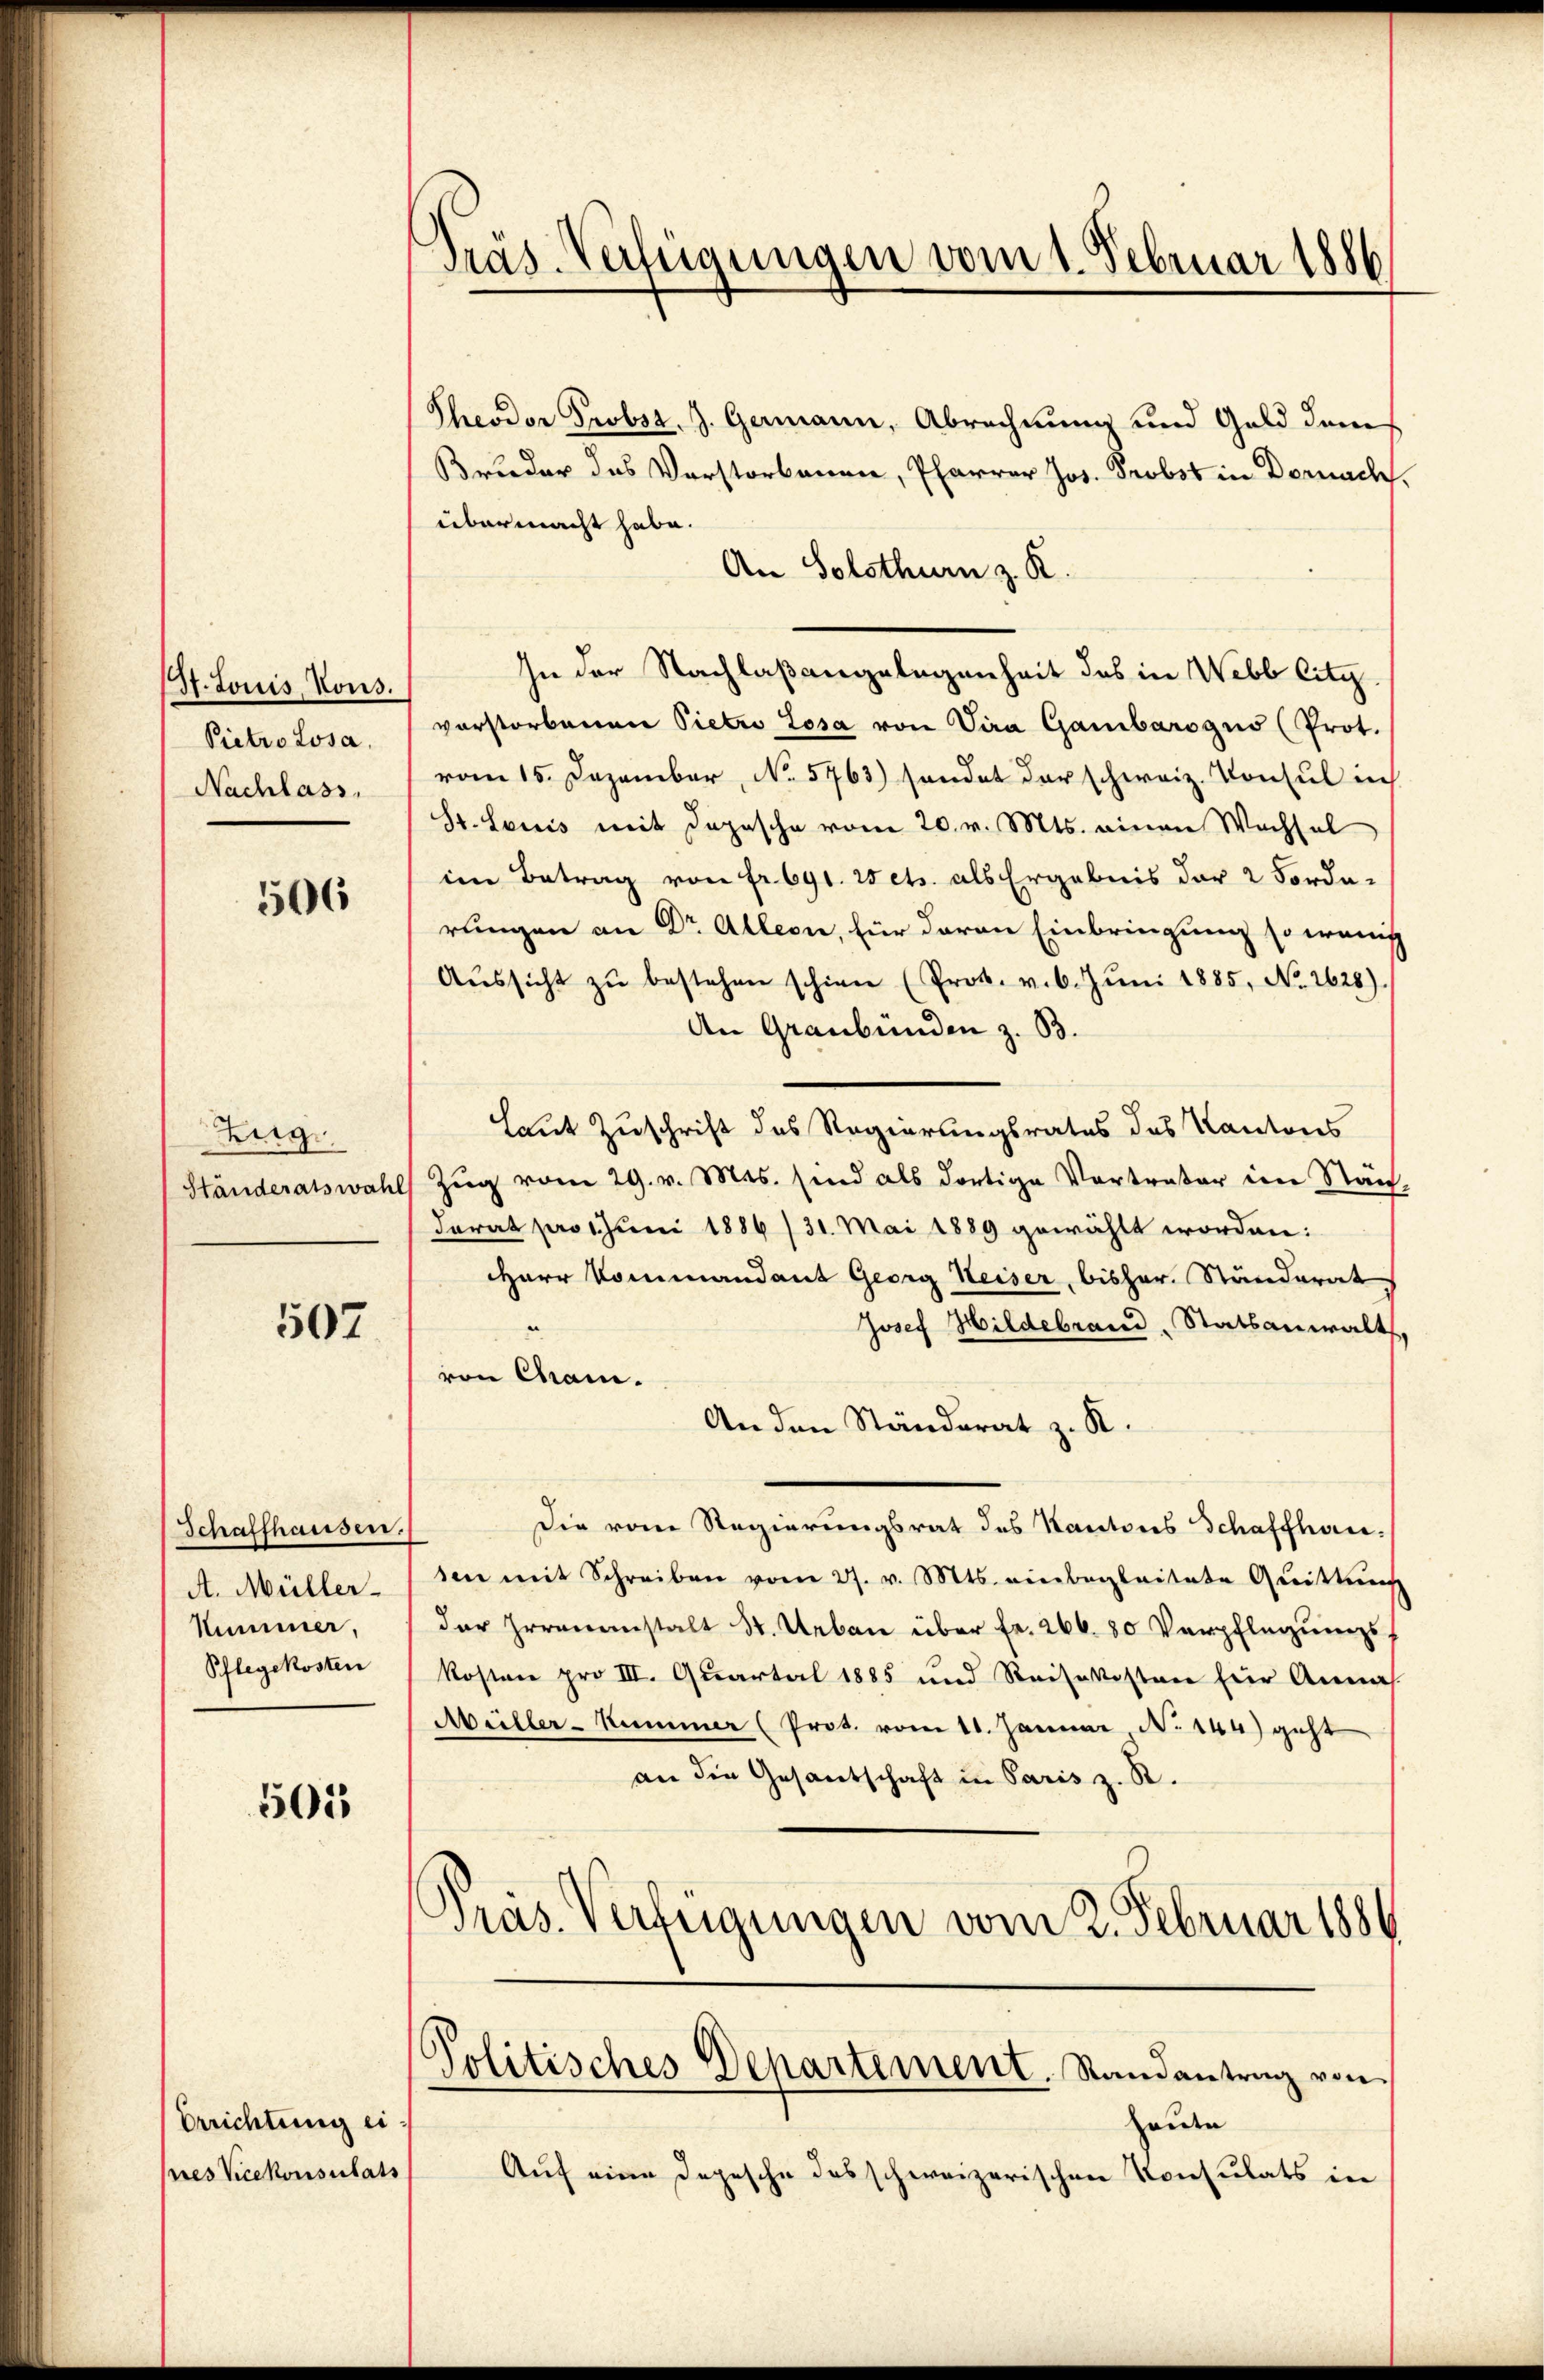
I. Louis, Vous.
Pietro Losa,
Nachlass,

506

Zieg
Ständeratswahl

507

Schaffhausen.
A. Müller-
Nummer,
Pflegekosten

501

Errichtung ei
pres Vicekonsulats

Präs. Verfügungen vom 1. Februar 1886

Theodor Probsz. J. Germann, Abrechnung und Geld dem
Brueder des Vorstorbenen, Pfarrer Jos. Probst in Dornach.
übermacht habe.
An Solothurn z. R.
In der Nachlaßangelegenheit des in Webb litz.
vorstorbenen Pietro Losa von Vira Gambarogus (Prot.
vom 15. Dezember, No. 5763) sendet darschweiz. Konsul in
St. Louis mit Depesche vom 20. v. Mts. einen Wachsel
im Betrag von fr. 691. Wets. als Ergebnis der 2 Forde-
rungen an Dr Allern, für davon Einbringung so wenig
Aŭssicht zŭ bestehen schien (Prok. v. 6. Jŭni 1885, No. 2628)
An Graubünden z. B.
Laut Zuschrift des Regierungsrates des Kantons
Zug vom 29. v. Mts. sind als dortige Vortreter im Nach-
Darat pro 1. Juni 1886 / 31. Mai 1889 gewählt worden:
Herr Kommandant Georg Heiser, bisher. Ständerat
Josef Hildebrand, Statsanwalt,
von Cham.
An den Ständerat z. K.
Die vom Regierungsrat des Kantons Schaffhausen mit Schreiben vom 27. v. Mts. einbegleitete Qŭittŭng
der Irrenanstalt St. Urban über fr. 266. 80 Verpflegungs
Kosten pro III. Quartal 1885 und Reisekosten hier Annah
Müller-Kummer (Prot. vom 11. Januar, No 144) geht
an die Gesandschaft in Paris z. R.
Präs. Verfügungen vom 2. Februar 1886

Politisches Departement. Randantrag von

Heute
Auf eine Depesche des schweizerischen Konsulats in